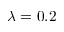
\lambda = 0 . 2